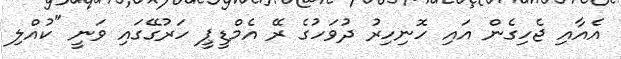
އެއާއި ޖެހިގެން އައި ހޮނިހިރު ދުވަހުގެ ރޭ އެމްޑީޕީ ހަރުގޭގައި ވަނީ "ކުއްލި